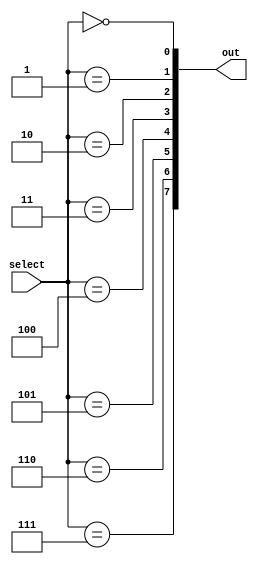
module Decoder3t8(input[2:0] select, output[7:0] out);
	assign out[0] = (select == 0);
	assign out[1] = (select == 1);
	assign out[2] = (select == 2);
	assign out[3] = (select == 3);
	assign out[4] = (select == 4);
	assign out[5] = (select == 5);
	assign out[6] = (select == 6);
	assign out[7] = (select == 7);
endmodule